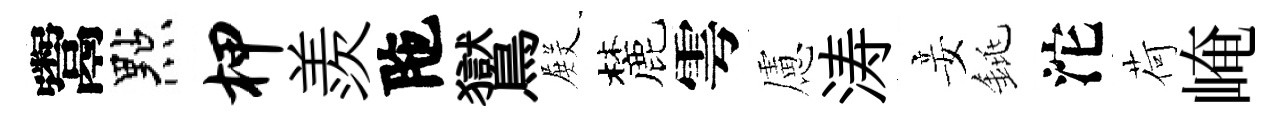
鬻點柙羨陁鸑𭮺麓雩慮涛妾銚沱荷崦